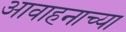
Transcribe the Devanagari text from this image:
आवाहनाच्या